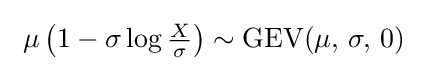
\ \mu \left(1-\sigma \log {\tfrac {X}{\sigma }}\right)\sim {\textrm {GEV}}(\mu ,\,\sigma ,\,0)\